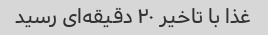
غذا با تاخیر ۲۰ دقیقه‌ای رسید